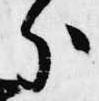
分